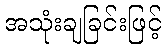
အသုံးချခြင်းဖြင့်